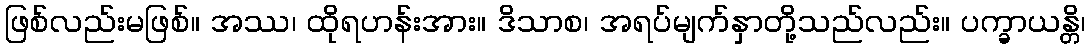
ဖြစ်လည်းမဖြစ်။ အဿ၊ ထိုရဟန်းအား။ ဒိသာစ၊ အရပ်မျက်နှာတို့သည်လည်း။ ပက္ခာယန္တိ၊